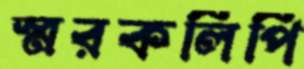
স্মরকলিপি